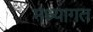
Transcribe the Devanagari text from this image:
मध्यागत